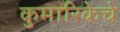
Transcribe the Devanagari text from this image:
कुमारिकेचे